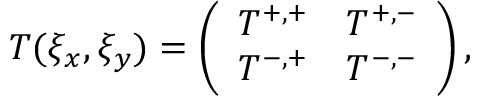
T ( \xi _ { x } , \xi _ { y } ) = \left( \begin{array} { c c } { T ^ { + , + } } & { T ^ { + , - } } \\ { T ^ { - , + } } & { T ^ { - , - } } \end{array} \right) ,